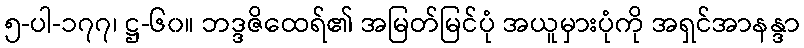
၅-ပါ-၁၇၇၊ ဋ္ဌ-၆၀။ ဘဒ္ဒဇိထေရ်၏ အမြတ်မြင်ပုံ အယူမှားပုံကို အရှင်အာနန္ဒာ